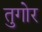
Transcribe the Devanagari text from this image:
तुगोर